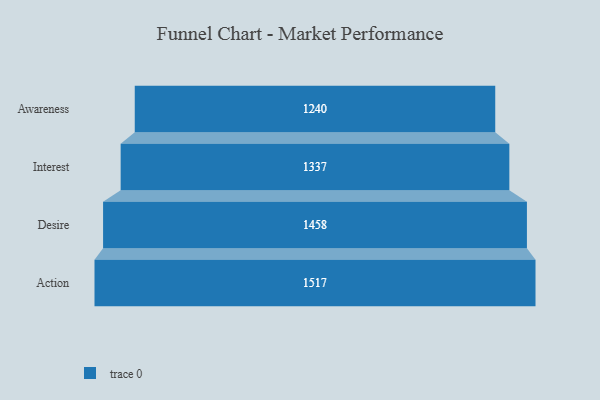
{"axis": {"x": "Stage", "y": "Value"}, "legend": [""], "data": [{"x": "Awareness", "y": 1240.0, "type": ""}, {"x": "Interest", "y": 1337.0, "type": ""}, {"x": "Desire", "y": 1458.0, "type": ""}, {"x": "Action", "y": 1517.0, "type": ""}]}